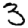
Digit: 3